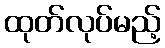
ထုတ်လုပ်မည့်